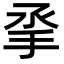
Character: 𢪻